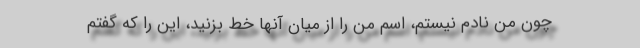
چون من نادم نیستم، اسم من را از میان آنها خط بزنید، این را كه گفتم